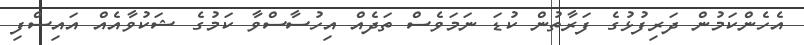
އެހެންކަމުން ދަރިފުޅުގެ ފަރާތުން ކުޑަ ނަމަވެސް ތަދެއް އިހުސާސްވާ ކަމުގެ ޝަކުވާއެއް އައިސްފި